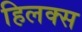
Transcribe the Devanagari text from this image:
हिलक्स